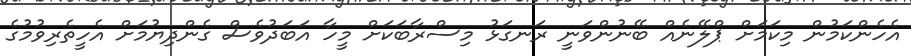
އެހެންކަމުން މިކަމަށް ޕްލޭނެއް ބޭނުންވަނީ ރަނގަޅު މިސްރާބަކަށް މީހާ އަބަދުވެސް ގެންދިޔުމަށް އެހީތެރިވުމުގެ